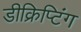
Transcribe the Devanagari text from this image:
डीक्रिप्टिंग